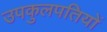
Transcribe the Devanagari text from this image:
उपकुलपतियों